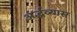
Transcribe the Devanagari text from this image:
अर्द्धव्यास